65_HS1-834228961_62-HQ-83894_Section_7
Agency: FBI
Page 146
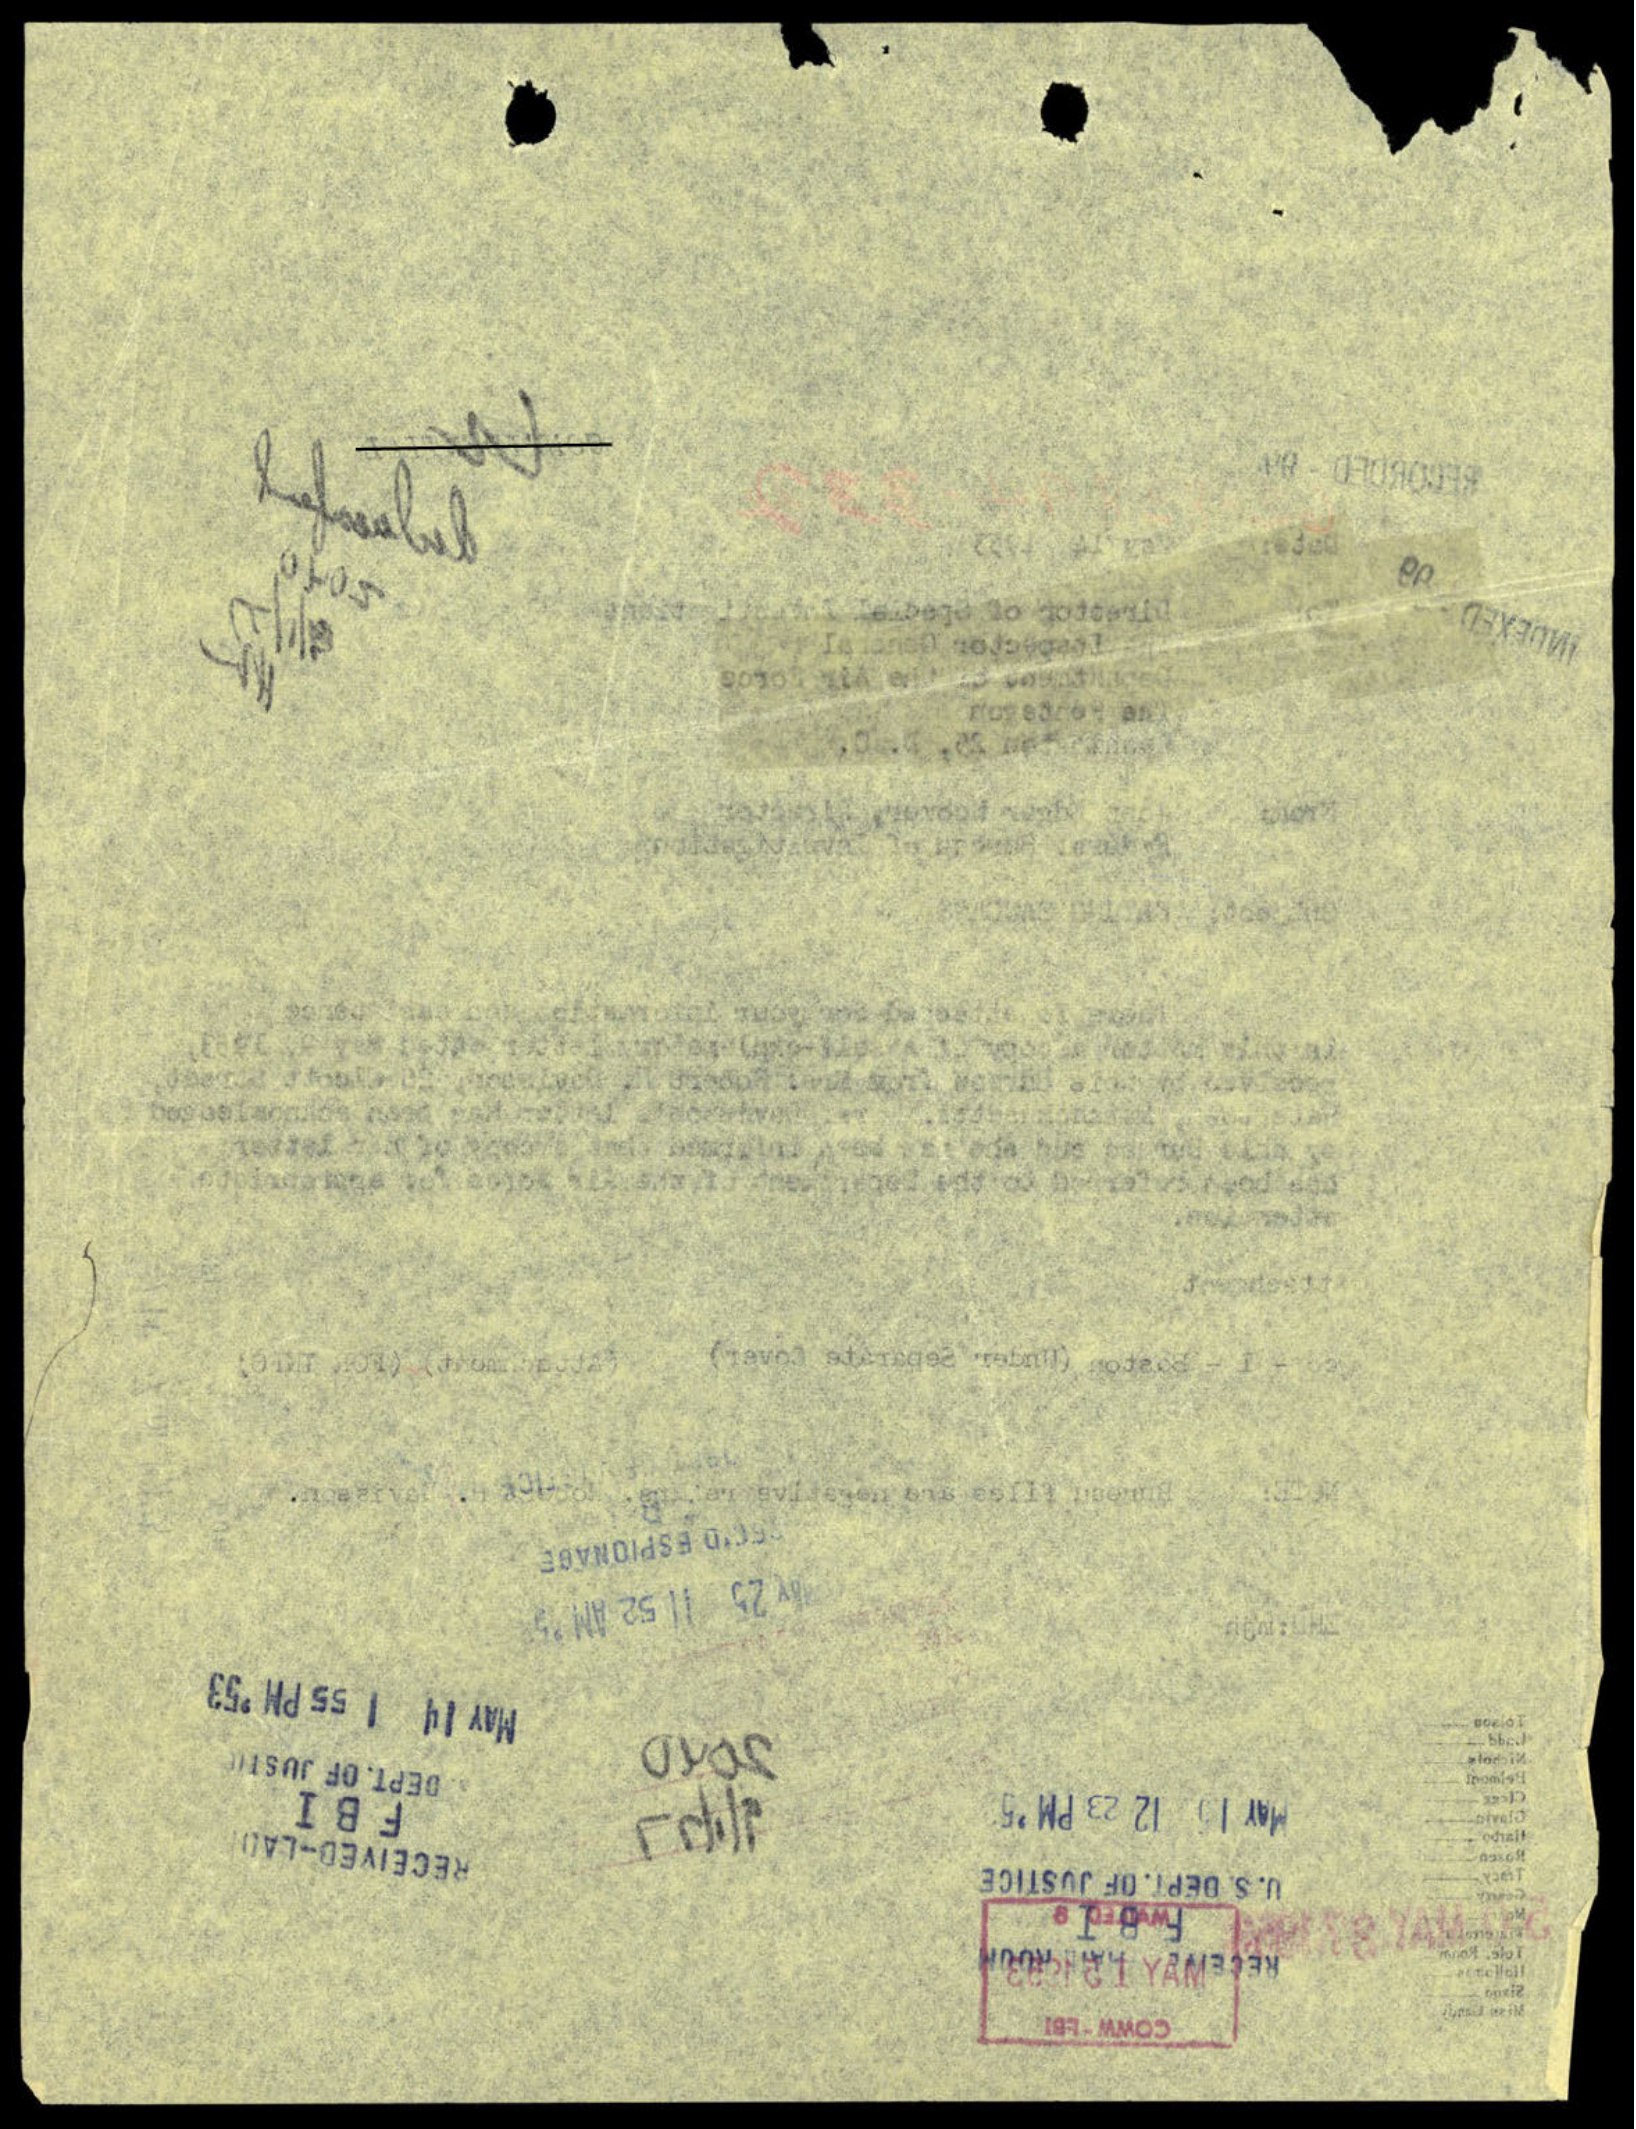